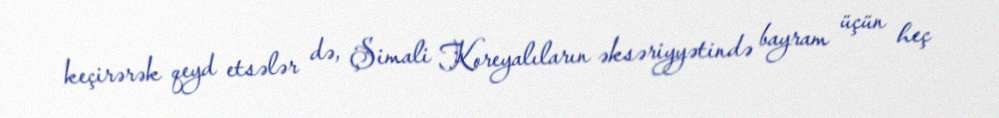
keçirərək qeyd etsələr də, Şimali Koreyalıların əksəriyyətində bayram üçün heç